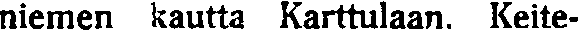
niemen kautta Karttulaan. Keite-